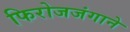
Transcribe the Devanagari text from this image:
फिरोजजंगाने